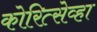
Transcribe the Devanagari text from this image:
कोरित्सेव्हा